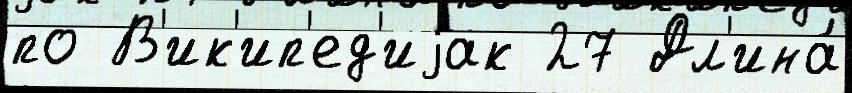
по В'ик'ип'ед'иjак 27 Дл'ина́